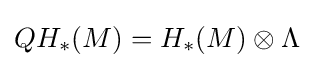
QH_{*}(M)=H_{*}(M)\otimes \Lambda